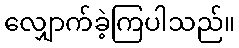
လျှောက်ခဲ့ကြပါသည်။